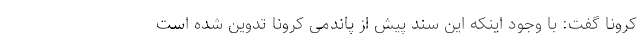
کرونا گفت: با وجود اینکه این سند پیش از پاندمی کرونا تدوین شده است